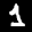
Label: 1